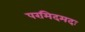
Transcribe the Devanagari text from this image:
परमिदमदः